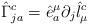
LaTeX: \begin{align*}\hat{\Gamma}^{c}_{ja}=\hat{e}^{\mu}_{a}\partial_{j}\hat{l}^{c}_{\mu}\end{align*}